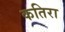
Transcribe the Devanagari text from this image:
कतिरा